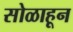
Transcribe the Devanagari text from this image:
सोळाहून